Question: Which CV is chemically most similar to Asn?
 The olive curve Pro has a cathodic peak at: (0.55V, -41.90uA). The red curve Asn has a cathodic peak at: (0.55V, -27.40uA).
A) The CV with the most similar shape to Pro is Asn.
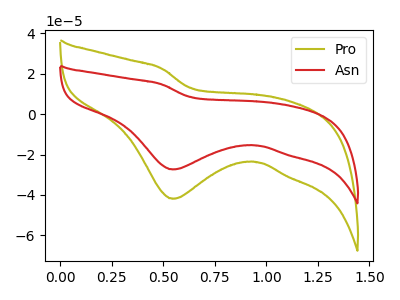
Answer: <think>All the peaks in "Pro" have a peak in "Asn" at the same potential. Every peak in "Pro" is higher than every peak in "Asn".
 </think>
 <answer>A) The CV with the most similar shape to "Pro" is "Asn".</answer>
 <eval>A</eval>